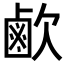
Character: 𣤓